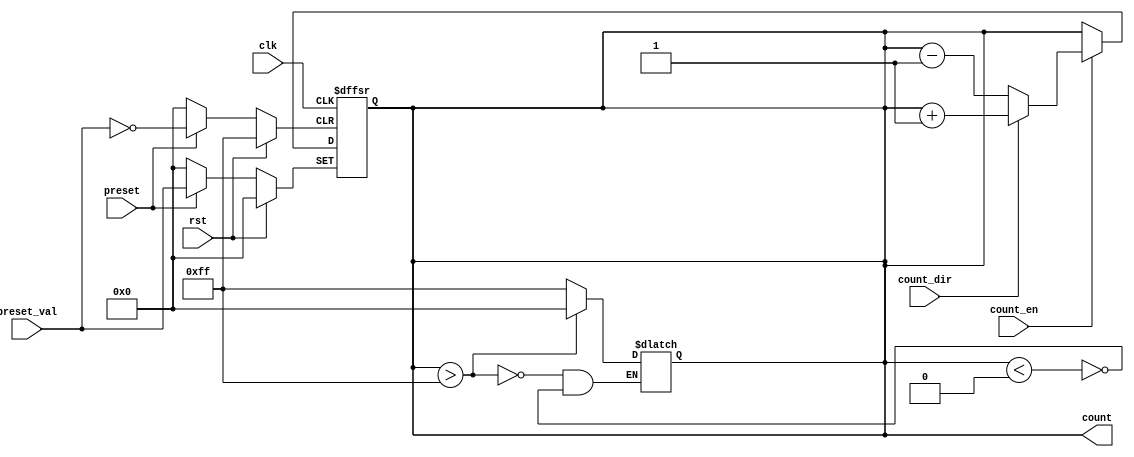
module presettable_counter (
    input wire clk,               // Clock signal
    input wire rst,               // Asynchronous reset
    input wire preset,            // Asynchronous preset signal
    input wire [7:0] preset_val,  // Preset value (width 8 bits for example)
    input wire count_en,          // Count enable signal
    input wire count_dir,         // Count direction (1 for up, 0 for down)
    output reg [7:0] count        // Current counter value
);

    // Initial value for the counter
    initial begin
        count = 8'b0; // Assuming the counter starts at 0
    end

    always @(posedge clk or posedge rst or posedge preset) begin
        if (rst) begin
            // Reset the counter to zero
            count <= 8'b0;
        end else if (preset) begin
            // Load the counter with the preset value
            count <= preset_val;
        end else if (count_en) begin
            // Increment or decrement the counter based on count_dir
            if (count_dir) begin
                count <= count + 1'b1; // Increment
            end else begin
                count <= count - 1'b1; // Decrement
            end
        end
    end

    // Handle wrap-around behavior
    always @(count) begin
        if (count > 8'b11111111) begin
            count <= 8'b0; // Wrap around to 0 if it exceeds max value
        end else if (count < 8'b0) begin
            count <= 8'b11111111; // Wrap around to max value if it goes below 0
        end
    end

endmodule